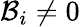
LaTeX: \mathcal{B}_{i}\neq0